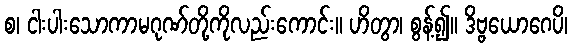
စ၊ ငါးပါးသောကာမဂုဏ်တို့ကိုလည်းကောင်း။ ဟိတွာ၊ စွန့်၍။ ဒိဗ္ဗယောဂေပိ၊